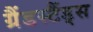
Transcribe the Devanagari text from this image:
ग्रैंडस्टैंड्स